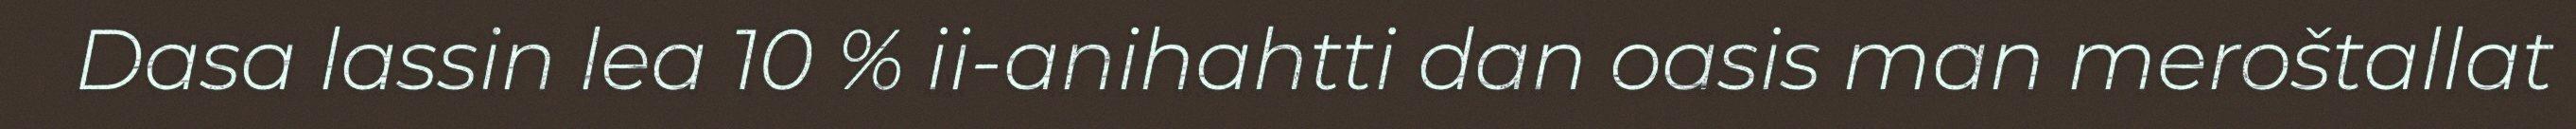
Dasa lassin lea 10 % ii-anihahtti dan oasis man meroštallat